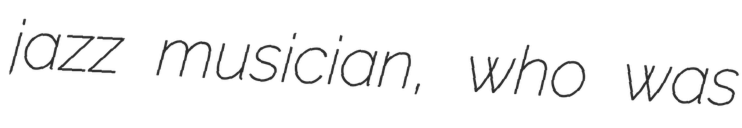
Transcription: jazz musician, who was